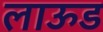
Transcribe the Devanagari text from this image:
लाऊड